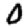
Digit: 0